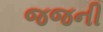
જજની